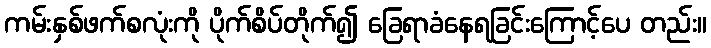
ကမ်းနှစ်ဖက်စလုံးကို ပိုက်စိပ်တိုက်၍ ခြေရာခံနေရခြင်းကြောင့်ပေ တည်း။